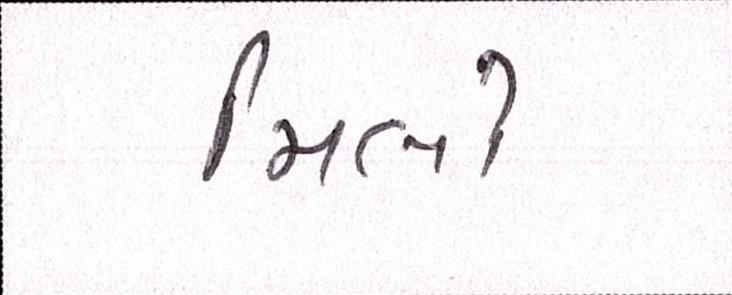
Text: મિલો